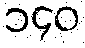
၁၄၀